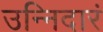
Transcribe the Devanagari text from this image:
उन्निदारं